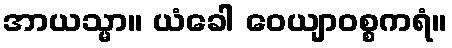
အာယသ္မာ။ ယံခေါ ဝေယျာဝစ္စကရံ။